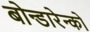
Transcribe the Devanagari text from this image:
बोन्डारेन्को